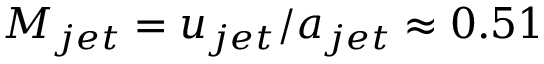
M _ { j e t } = u _ { j e t } / a _ { j e t } \approx 0 . 5 1